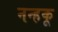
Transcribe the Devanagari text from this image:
नन्हकू